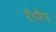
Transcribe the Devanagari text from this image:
रीमैप